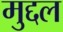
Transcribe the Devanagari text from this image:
मुद्दल